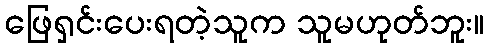
ဖြေရှင်းပေးရတဲ့သူက သူမဟုတ်ဘူး။